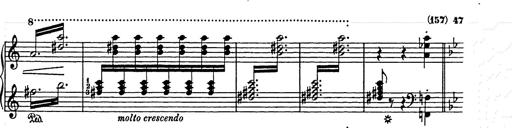
Title: Weihnachtsbaum
Composer: Franz Liszt